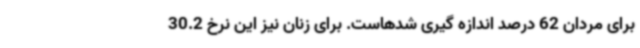
برای مردان 62 درصد اندازه گیری شدهاست. برای زنان نیز این نرخ 30.2